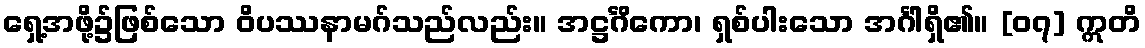
ရှေ့အဖို့၌ဖြစ်သော ဝိပဿနာမဂ်သည်လည်း။ အဋ္ဌင်္ဂိကော၊ ရှစ်ပါးသော အင်္ဂါရှိ၏။ [၀၇] ဣတိ